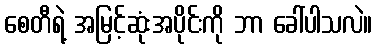
စေတီရဲ့ အမြင့်ဆုံးအပိုင်းကို ဘာ ခေါ်ပါသလဲ။